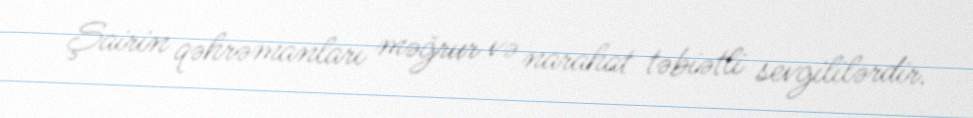
Şairin qəhrəmanları məğrur və narahat təbiətli sevgililərdir.